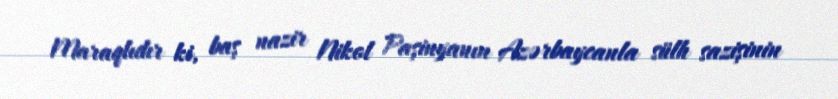
Maraqlıdır ki, baş nazir Nikol Paşinyanın Azərbaycanla sülh sazişinin